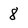
Character: 8